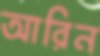
আরিন